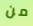
من